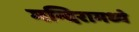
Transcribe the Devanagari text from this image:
मन्दिरामध्ये